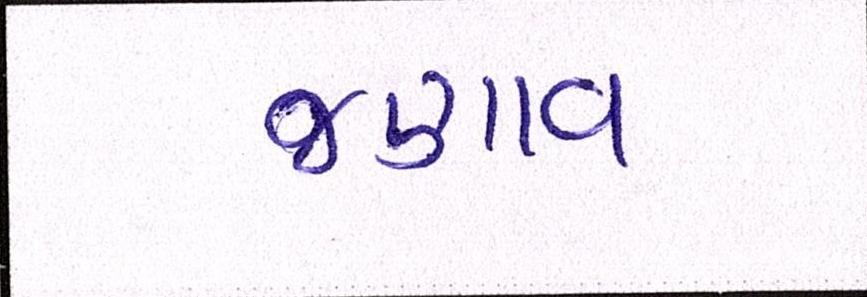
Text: જણાવ